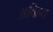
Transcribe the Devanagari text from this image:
अविहत